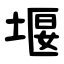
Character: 堰